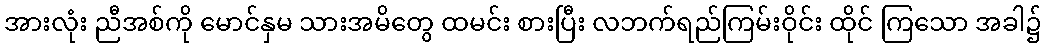
အားလုံး ညီအစ်ကို မောင်နှမ သားအမိတွေ ထမင်း စားပြီး လဘက်ရည်ကြမ်းဝိုင်း ထိုင် ကြသော အခါ၌